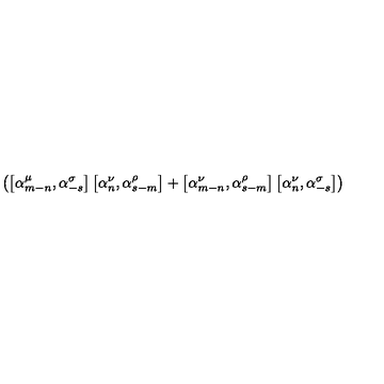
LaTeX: \left( \left[ { \alpha } _ { m - n } ^ { \mu } , { \alpha } _ { - s } ^ { \sigma } \right] \left[ { \alpha } _ { n } ^ { \nu } , { \alpha } _ { s - m } ^ { \rho } \right] + \left[ { \alpha } _ { m - n } ^ { \nu } , { \alpha } _ { s - m } ^ { \rho } \right] \left[ { \alpha } _ { n } ^ { \nu } , { \alpha } _ { - s } ^ { \sigma } \right] \right)